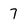
Character: 7